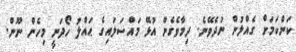
ކަންކަމަށް ގެއްލުން ނުދެވޭނެ. ދިމާވެގެން އުޅޭ މައްސަލައިގެ ޙައްލު ހޯދަނީ މިހެން ނޫން.